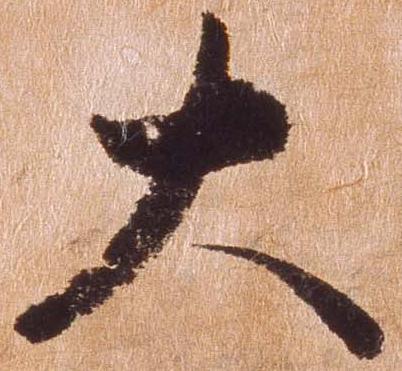
大